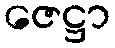
ဇေဋ္ဌာ